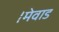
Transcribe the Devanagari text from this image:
।मेवाड